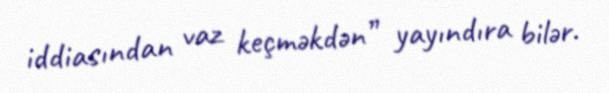
iddiasından vaz keçməkdən” yayındıra bilər.